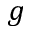
g